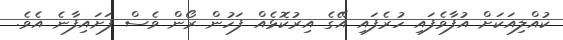
ކުއްލިއަކަށް އުފާވެފައި ހުރެފައި އޭގެ އިރުކޮޅެއް ފަހުން ރޯން ވެސް ފަށައިފާނެ އެވެ.